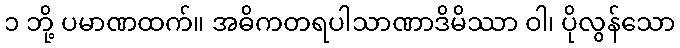
၁ ဘို့ ပမာဏထက်။ အဓိကတရပါသာဏာဒိမိဿာ ဝါ၊ ပိုလွန်သော